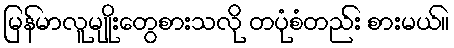
မြန်မာလူမျိုးတွေစားသလို တပုံစံတည်း စားမယ်။